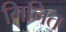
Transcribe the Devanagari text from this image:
मिनित